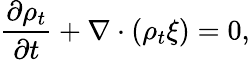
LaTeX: \frac{\partial\rho_{t}}{\partial t}+\nabla\cdot(\rho_{t}\xi)=0,